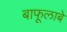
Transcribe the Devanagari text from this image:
बाफूलाबे